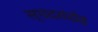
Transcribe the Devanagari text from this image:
स्पंदसंदोह